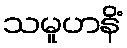
သမူဟနိံ